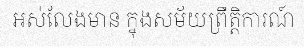
អស់លែងមាន ក្នុងសម័យព្រឹត្តិការណ៍